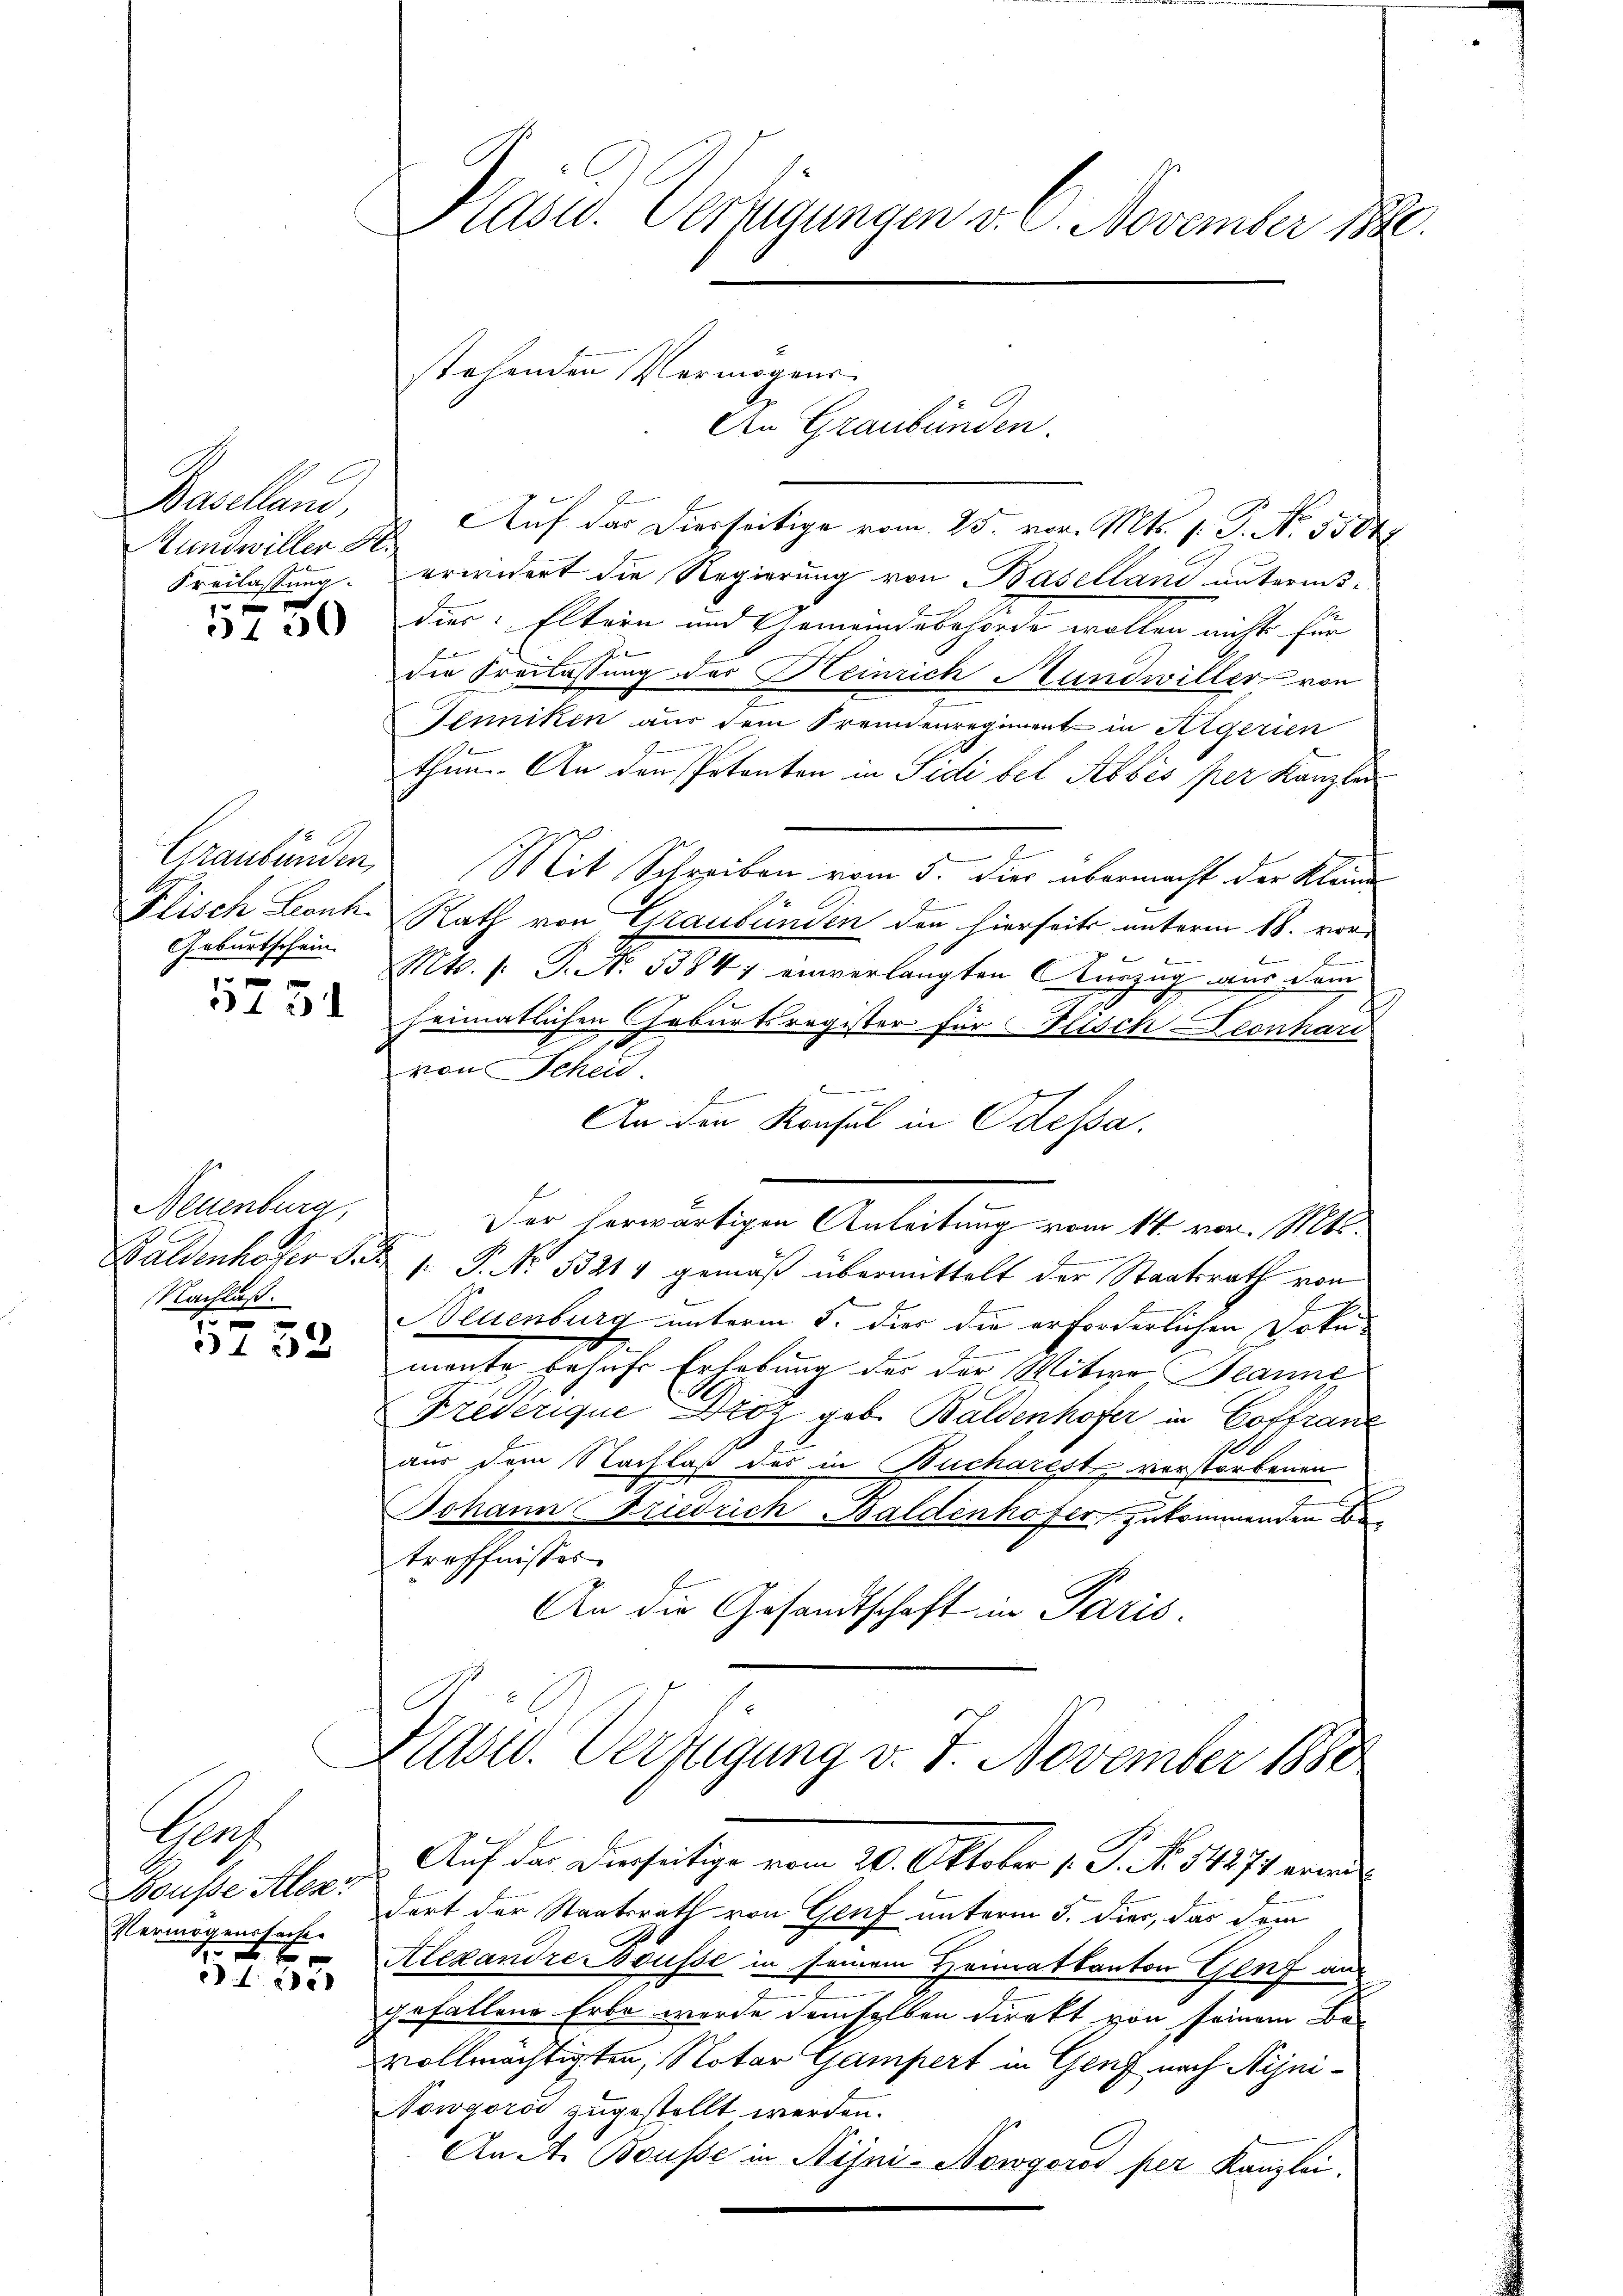
Baselland,
Hund willer H.
Freilassung.
x

3430

Geburtschein

42

Neuenburg,
Baldenhofer §. 3.
Nachlaß.

f 0 x
3132

Gers
Bousse Alex
Vermögenssache.
0 f 0 x

e

Präsid. Verfügungen v. 6. November d

stehenden Vermögens
An Graubünden.

Auf das Dierseitige vom 25. vor. Mts. 1. P. Nr. 5504
erwidert die Regierung von Baselland untern-
dies: Eltern und Gemeindebehörde wollen nicht für
die Freilassung des Heinrich Handwiller von
Jenniken aus dem Freundenregiment in Argerien
e
thun. An den Petenten in Sidi bet Abbés per Kanzlei
f
Graubünden, Mit Schreiben vom 5. die übermacht der Kleine
Plisch Lank. Rath von Graubünden den hierseits unterm 18. vor¬
Mts. s. S. No 13847 einverlangten Auszug aus dem
heimatlichen Geburtsregister für Plisch Leonhar
von Scheit.
.
An den Konsul in Odessa.
Der herwärtigen Anleitung vom 14. vor. Mts.
.
: P. No 33214 gemäß übermittelt der Staatsrath von
E
Neuenburg unterm 5. dies die erforderlichen Doku-
monte behufs Erhebung der der Witwe Banne
Fredérique Droz geb. Baldenhofer in Coffranz
aus dem Nachlaß des in Bucharestz verstorbenen
2
Johann Friedrich Baldenhofer zukommenden Betreffnisses
An die Gesandtschaft in Paris.

Pläser. Verfügung d. 7. November 1880

Auf das Derseitige vom 20. Oktober 1. P. N. 14871 ver
dort der Staatsrath von Genf unterm 5. dies, das dem
Alexandre sousse in seinem Heimatkanton Genf aus
gefallene Erbe wurde demselben direkt von seinem Bevollmächtigten, Notar Gampert in Genf nach Nijni¬
Nowgoros zugestellt werden.
An A. Bousse in Nijni-Nowgorod per Kanzlei.